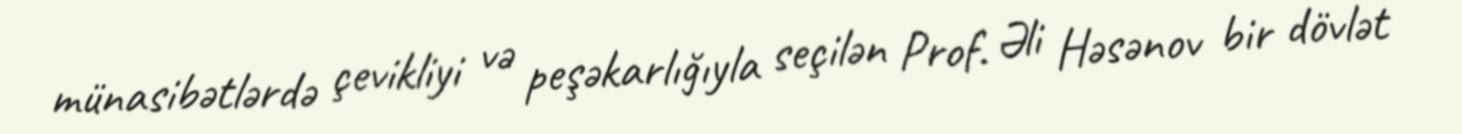
münasibətlərdə çevikliyi və peşəkarlığıyla seçilən Prof. Əli Həsənov bir dövlət